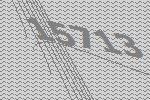
15713